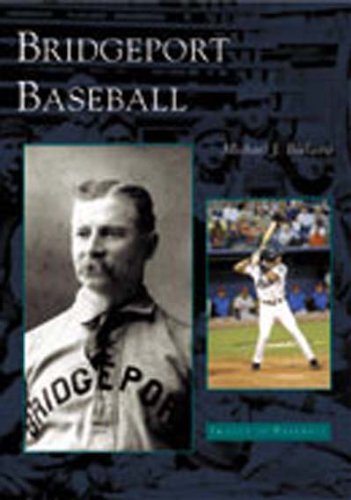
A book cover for Bridgeport Baseball  (CT) (Images of Baseball); Michael J. Bielawa; Travel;